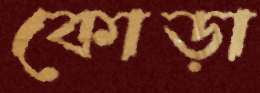
কোড়া